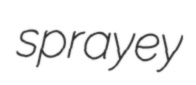
sprayey